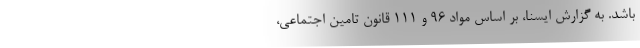
باشد. به گزارش ایسنا، بر اساس مواد ۹۶ و ۱۱۱ قانون تامین اجتماعی،